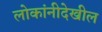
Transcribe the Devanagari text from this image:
लोकांनीदेखील